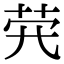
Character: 𦭂